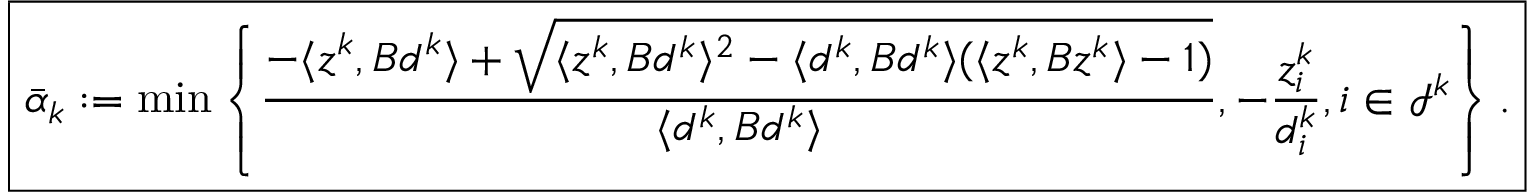
\boxed { \bar { \alpha } _ { k } : = \operatorname* { m i n } \left\{ \frac { - \langle z ^ { k } , B d ^ { k } \rangle + \sqrt { \langle z ^ { k } , B d ^ { k } \rangle ^ { 2 } - \langle d ^ { k } , B d ^ { k } \rangle ( \langle z ^ { k } , B z ^ { k } \rangle - 1 ) } } { \langle d ^ { k } , B d ^ { k } \rangle } , - \frac { z _ { i } ^ { k } } { d _ { i } ^ { k } } , i \in \mathcal { I } ^ { k } \right\} . }